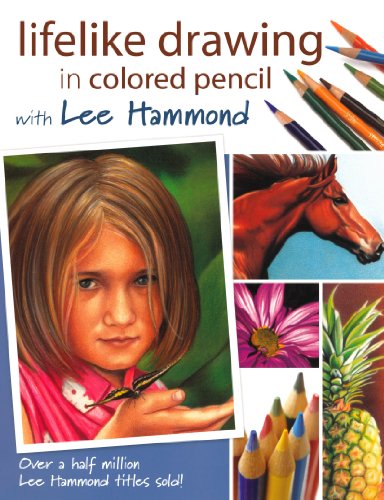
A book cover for Lifelike Drawing In Colored Pencil With Lee Hammond; Lee Hammond; Arts & Photography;